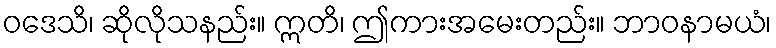
ဝဒေသိ၊ ဆိုလိုသနည်း။ ဣတိ၊ ဤကားအမေးတည်း။ ဘာဝနာမယံ၊